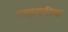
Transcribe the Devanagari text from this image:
रसायनीक